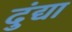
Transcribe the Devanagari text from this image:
दुंद्या